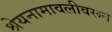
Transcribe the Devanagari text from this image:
श्रेयनामावलीवरून